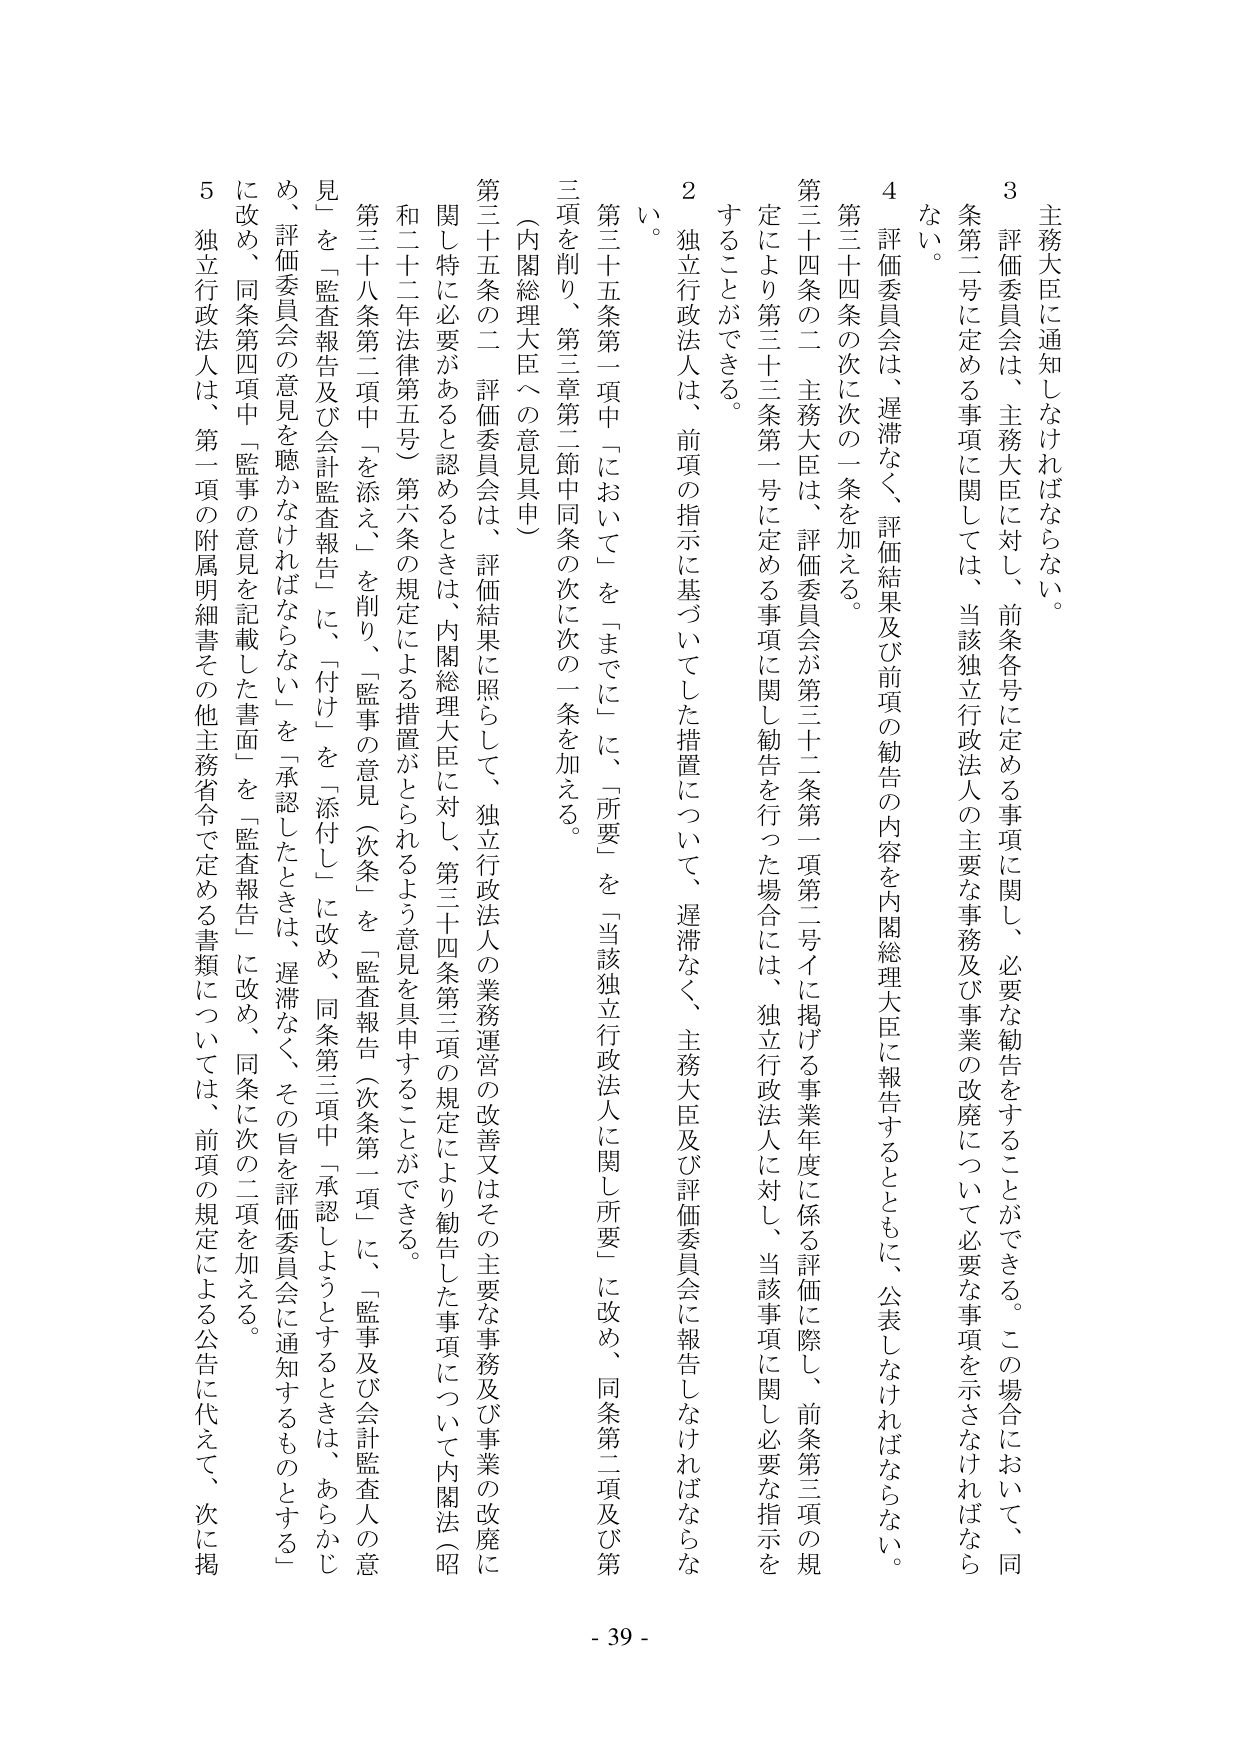
主務大臣に通知しなければならない。

3 評価委員会は、主務大臣に対し、前条各号に定める事項に関し、必要な勧告をすることができる。この場合において、同条第二号に定める事項に関しては、当該独立行政法人の主要な事務及び事業の改廃について必要な事項を示さなければならない。

4 評価委員会は、遅滞なく、評価結果及び前項の勧告の内容を内閣総理大臣に報告するとともに、公表しなければならない。

第三十四条の次に次の一条を加える。

第三十四条の二 主務大臣は、評価委員会が第三十二条第一項第二号イに掲げる事業年度に係る評価に際し、前条第三項の規定により第三十三条第一号に定める事項に関し勧告を行った場合には、独立行政法人に対し、当該事項に関し必要な指示をすることができる。

2 独立行政法人は、前項の指示に基づいてした措置について、遅滞なく、主務大臣及び評価委員会に報告しなければならない。

第三十五条第一項中「において」を「までに」に、「所要」を「当該独立行政法人に関し所要」に改め、同条第二項及び第三項を削り、第三章第二節中同条の次に次の一条を加える。

（内閣総理大臣への意見具申）

第三十五条の二 評価委員会は、評価結果に照らして、独立行政法人の業務運営の改善又はその主要な事務及び事業の改廃に関し特に必要があると認めるときは、内閣総理大臣に対し、第三十四条第三項の規定により勧告した事項について内閣法（昭和二十二年法律第五号）第六条の規定による措置がとられるよう意見を具申することができる。

第三十八条第二項中「を添え、」を削り、「監事の意見（次条）」を「監査報告（次条第一項）」に、「監事及び会計監査人の意見」を「監査報告及び会計監査報告」に、「付け」を「添付し」に改め、同条第二項中「承認しようとするときは、あらかじめ、評価委員会の意見を聴かなければならない」を「承認したときは、遅滞なく、その旨を評価委員会に通知するものとする」に改め、同条第四項中「監事の意見を記載した書面」を「監査報告」に改め、同条に次の二項を加える。

5 独立行政法人は、第一項の附属明細書その他主務省令で定める書類については、前項の規定による公告に代えて、次に掲

- 39 -